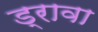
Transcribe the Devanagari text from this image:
ड्रावा